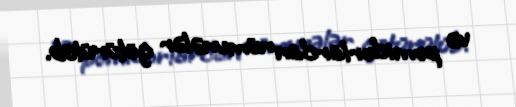
və pomidorlardan nümunələr götürülüb.